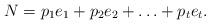
LaTeX: \begin{align*} N=p_1e_1 + p_2e_2 + \ldots +p_te_t. \end{align*}